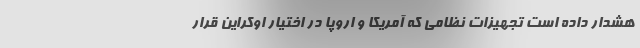
هشدار داده است تجهیزات نظامی که آمریکا و اروپا در اختیار اوکراین قرار